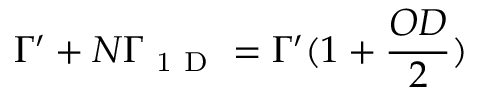
\Gamma ^ { \prime } + N \Gamma _ { \mathrm { ~ 1 ~ D ~ } } = \Gamma ^ { \prime } ( 1 + \frac { O D } { 2 } )